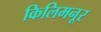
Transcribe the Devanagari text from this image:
किलिमनूर